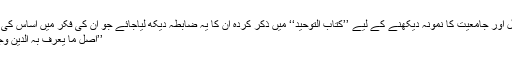
امام ماتریدیؒ کی فکر کے اعتدال اور جامعیت کا نمونہ دیکھنے کے لیے ’’کتاب التوحید‘‘ میں ذکر کردہ ان کا یہ ضابطہ دیکھ لیاجائے جو اُن کی فکر میں اساس کی حیثیت رکھتا ہے، فرماتے ہیں:
’’أصل ما یعرف بہ الدین وجہان: أحدھما السمع والآخر العقل۔